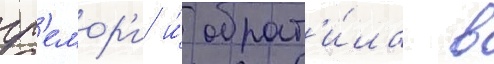
гр'емор'и и́ обрат'и́ла в